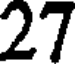
27